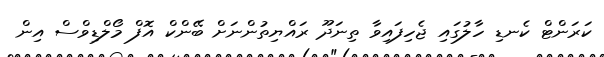
ކަރަންޓް ކެނޑި ހާލުގައި ޖެހިފައިވާ ތިނަދޫ ރައްޔިތުންނަށް ބޭންކް އޮފް މޯލްޑިވްސް އިން